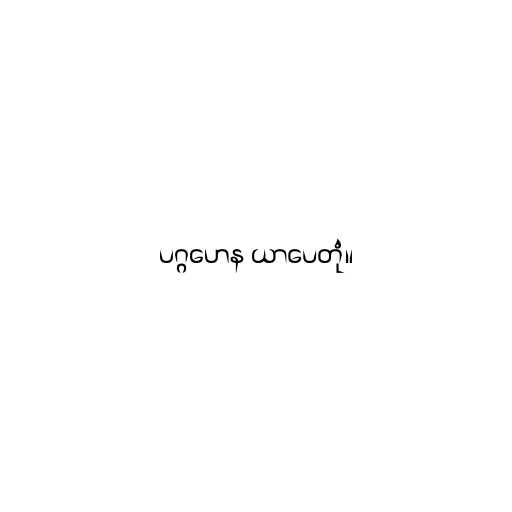
ပဂ္ဂဟေန ယာပေတုံ။